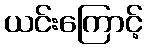
ယင်းကြောင့်